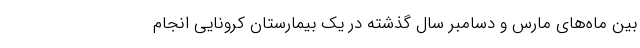
بین ماه‌های مارس و دسامبر سال گذشته در یک بیمارستان کرونایی انجام